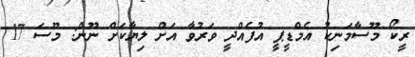
ރީކޯ މޫސާމަނިކު އެމްޑީޕީ އުފެއްދީ ވަރުވާ އަށް ލިޔާކަށް ނޫން: މޫސަ 17